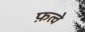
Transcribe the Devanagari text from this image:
फ़त्वे